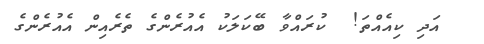
އަދި ކިއެއްތަ!  ކުރައްވާ ބޭކަލަކު އެއުރެންގެ ތެރެއިން އެއުރެންގެ